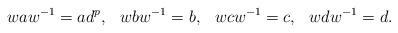
LaTeX: \begin{align*} waw^{-1}=ad^p,\hskip3mm wbw^{-1}=b, \hskip3mm wcw^{-1}=c, \hskip3mm wdw^{-1}=d.\end{align*}